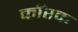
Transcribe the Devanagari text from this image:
कॉरक